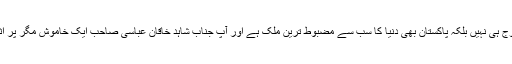
دنیا کو پتہ چلنا چاہئے کہ پاکستان کی فوج ہی نہیں بلکہ پاکستان بھی دنیا کا سب سے مضبوط ترین ملک ہے اور آپ جناب شاہد خاقان عباسی صاحب ایک خاموش مگر پر اثر سپر پاور مملکت کے وزیر اعظم ہیں۔